Report on vaccination in Madras 1904-1921 - 1904-1921
Year: 1904
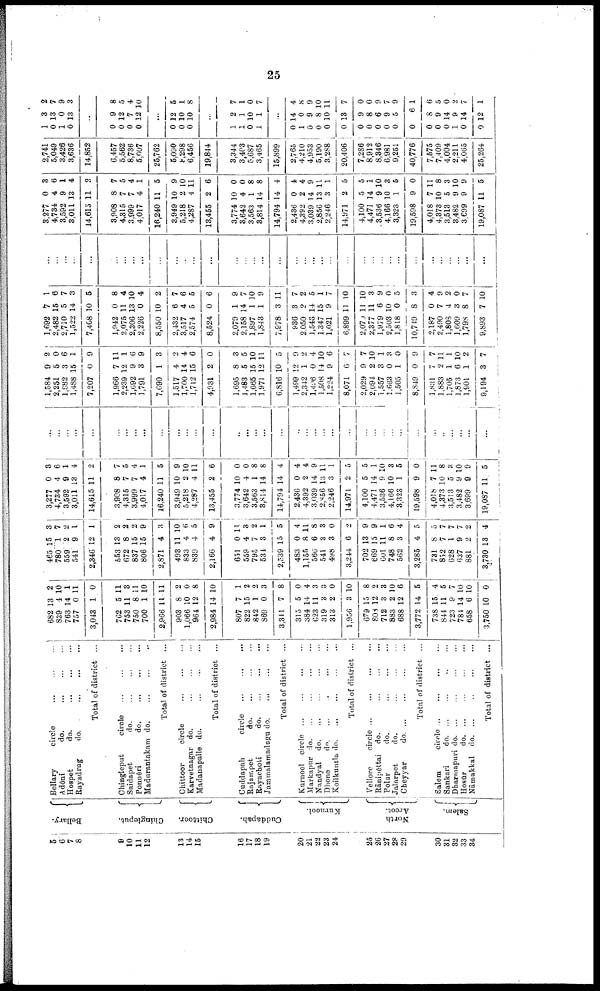
25
5
6
7
8
9
10
11
12
13
14
15
16
17
18
19
20
21
22
23
24
25
26
27
28
29
30
31
32
33
34
Bellary.
Chingleput.
Chittoor.
Cuddapah.
Kurnool.
North
Arcot.
Salem.
Bellary
circle
...
...
...
Adōni
do. ... ... ...
Hospet
do. ... ... ...
Rayadrug
do.
...
...
...
Total of district ...
Chingleput
circle
...
...
...
Saidapet
do.
...
...
...
Ponnēri
d
o
. ... ... ...
Madurantakam do. ... ... ...
Total of district ...
Chittoor
circle
...
...
...
Karvetnagar do.
...
...
...
Madanapalle do.
...
...
...
Total of district ...
Cuddapah
circle ... ... ...
Rajampet
do. ... ... ...
Rayachoti
do.
...
...
...
Jammalamadugu do. ... ... ...
Total of district ...
Kurnool circle
...
...
...
...
Markapur d
o
. ... ... ... ...
Nandyal d
o
. ... ... ... ...
Dhone
do. ... ... ... ...
Koilkuntla
do.
...
...
...
...
Total of district ...
Vellore
circle
...
...
...
...
Rānipēttai do. ... ... ... ...
Polur
do. ... ... ... ...
Jalarpet
do. ... ... ... ...
Cheyyar
d
o
. ... ... ... ...
Total of district ...
Salem
circle
...
...
...
...
Sankari
d
o
. ... ... ... ...
Dharmapuri do. ... ... ... ...
Hosūr
d
o
. ... ... ... ...
Nāmakkal do. ... ... ... ...
Total of district ...
682
839
763
757
3,043
762
753
750
700
2,966
903
1,066
964
2,984
807
822
842
869
3,341
315
384
623
319
313
1,956
679
808
712
883
688
3,772
738
844
723
784
658
3,750
13
4
14
0
1
5
11
8
1
11
8
10
12
14
7
15
1
0
7
5
14
11
3
2
3
15
12
3
2
12
14
15
11
9
14
6
10
2
10
1
11
0
11
3
11
10
11
2
0
8
10
1
2
2
3
8
0
4
3
3
0
10
8
2
3
10
6
5
4
5
7
10
10
0
465
780
559
541
2,346
553
672
837
806
2,871
493
833
839
2,166
651
559
795
534
2,539
483
1,155
566
541
498
3,244
702
669
601
748
562
3,285
731
852
628
637
881
3,730
15
1
2
9
12
13
8
15
15
4
11
4
4
4
0
4
7
3
15
0
8
6
3
3
6
13
15
11
8
3
4
8
7
1
9
2
13
3
7
2
1
1
2
2
2
9
3
10
6
5
9
11
3
2
1
5
4
11
8
3
0
2
9
9
1
6
4
5
5
7
7
7
2
4
3,277
4,734
3,592
3,011
14,615
3,908
4,315
3,999
4,017
16,240
3,949
5,218
4,287
13,455
3,774
3,642
3,563
3,814
14,794
2,436
4,392
3,039
2,856
2,246
14,971
4,100
4,471
3,536
4,166
3,323
19,598
4,018
4,373
3,513
3,482
3,699
19,087
0
4
9
13
11
8
7
7
4
11
10
2
4
2
10
4
1
14
14
0
2
14
13
3
2
5
14
9
10
1
9
7
10
5
9
9
11
8
6
1
4
2
7
5
4
1
5
9
10
11
6
0
0
8
8
4
4
4
9
11
1
5
5
1
10
3
5
0
11
8
3
10
9
5
...
...
...
...
...
...
...
...
...
...
...
...
...
...
...
...
...
...
...
...
...
...
...
...
...
...
...
...
...
...
...
...
...
...
...
...
...
1,584
2,251
1,882
1,488
7,207
1,966
2,239
1,692
1,791
7,690
1,517
1,700
1,712
4,931
1,695
1,483
1,665
1,971
6,816
1,499
2,342
1,496
1,508
1,224
8,071
2,029
2,094
1,557
1,663
1,505
8,849
1,831
1,883
1,705
1,873
1,901
9,194
9
5
3
15
0
7
12
9
3
1
4
14
15
2
8
5
15
12
10
12
1
0
14
9
6
9
2
3
0
1
0
7
2
1
6
1
3
2
0
6
1
9
11
1
6
9
3
2
4
6
0
3
5
10
11
5
9
2
4
10
6
7
7
10
1
3
0
9
7
11
1
10
2
7
1,692
2,482
2,710
1,522
7,408
1,942
2,075
2,306
2,226
8,550
2,432
3,517
2,574
8,524
2,079
2,158
1,897
1,843
7,978
936
2,050
1,543
1,347
1,021
6,899
2,070
2,377
1,979
2,503
1,818
10,749
2,187
2,490
1,808
1,609
1,798
9,893
7
15
5
14
10
0
11
13
0
10
6
4
5
0
1
14
1
1
3
3
2
14
15
9
11
11
11
6
10
0
8
0
7
4
3
8
7
1
6
7
3
5
8
4
10
4
2
7
6
5
6
9
7
10
9
11
7
2
5
1
7
10
10
3
9
0
5
3
4
9
2
0
7
10
...
...
...
...
...
...
...
...
...
...
...
...
...
...
...
...
...
...
...
...
...
...
...
...
...
...
...
...
...
...
...
...
...
...
...
...
...
8,277
4,734
3,592
3,011
14,615
3,908
4,315
3,999
4,017
16,240
3,949
5,218
4,287
18,455
3,774
3,642
3,563
8,814
14,794
2,436
4,392
3,039
2,856
2,246
14,971
4,100
4,471
3,536
4,166
3,323
19,598
4,018
4,373
3,513
3,482
3,699
19,087
0
4
9
13
11
8
7
7
4
11
10
2
4
2
10
4
1
14
14
0
2
14
13
3
2
5
14
9
10
1
9
7
10
5
9
9
11
3
6
1
4
2
7
5
4
1
5
9
10
11
6
0
0
8
8
4
4
4
9
11
1
5
5
1
10
3
5
0
11
8
3
10
9
5
2,741
5,049
3,426
3,636
14,852
6,457
5,562
8,736
5,007
25,762
5,090
8,298
6,456
19,844
3,344
3,403
5,687
3,465
15,899
2,765
4,210
4,953
5,190
3,288
20,406
7,286
8,912
8,346
6,981
9,251
40,776
7,575
7,409
4,004
2,211
4,065
25,264
1
0
1
0
3
13
0
13
2
7
9
3
...
0
0
0
0
9
12
7
12
8
5
4
10
...
0
0
0
12
10
10
5
1
8
...
1
1
0
1
2
1
10
1
7
1
0
7
...
0
1
0
0
0
0
0
0
0
0
0
0
0
0
0
1
0
0
14
0
9
8
10
13
9
8
6
9
5
6
8
9
14
9
14
12
4
8
9
10
11
7
0
0
9
7
9
1
6
5
0
2
7
1